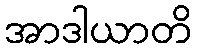
အာဒါယာတိ